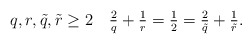
\begin{align*}q,r, \tilde q, \tilde r\geq2 \quad \tfrac{2}{q}+\tfrac{1}{r}=\tfrac{1}{2}=\tfrac{2}{\tilde q}+\tfrac{1}{\tilde r}.\end{align*}